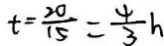
t = \frac { 2 0 } { 1 5 } = \frac { 4 } { 3 } h